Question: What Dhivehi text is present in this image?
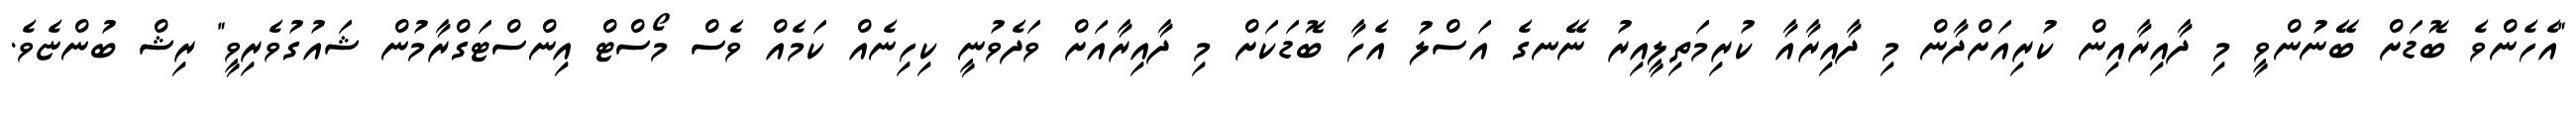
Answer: "އެހެންވެ ބޮޑަށް ބޭނުންވީ މި ދާއިރާއިން ކުރިއަށްދާން މި ދާއިރާއާ ކުރިމަތިލީއިރު ނޭނގެ އަސްލު އެހާ ބޮޑަކަށް މި ދާއިރާއަށް ވަދެވުނީ ކިހިނެއް ކަމެއް ވެސް މޯސްޓް އިންސްޓަގްރާމުން ޝައުގުވެރިވީ" ރިޝް ބުންޏެވެ.